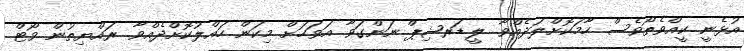
އުޅެނީ ކީއްވެތޯވެސް ހާމަކޮށްލަދެއްވާ. ލީޑަރޝިޕް ނަންގަވާ އަވަހަށް މިކަން ހައްލުކޮށްދެއްވާ. ރައްޔިތުން ވޯޓް